Report on malaria in the Punjab during the year ...  together with an account of the work of the Punjab Malaria Bureau - Volume 5
Disease focus: Malaria
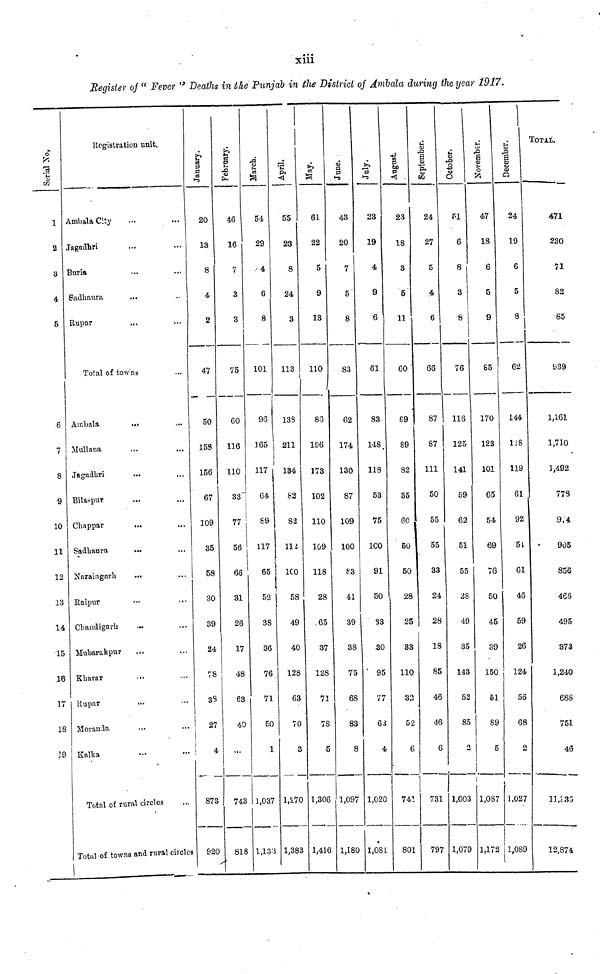
xiii
Register of " Fever " Deaths in the Punjab in the District of Ambala during the year 1917.
1
2
3
4
5
6
7
8
9
10
11
12
13
14
15
16
17
08
19
Registration unit.
Ambala City
Jagadhri
Buria
Sadbaura
Rupar
...
...
...
Total of towns
Ambala
Mullana
Jagadbri
Bilaspur
Chappar
Sadbaura
Naraingarh
Raipur
Chaudigarh
Mubarakpur
Kharar
Rupar
Moranda
Kalka
...
...
...
...
...
...
...
...
...
...
...
...
...
Total of rural circles
...
...
...
...
...
...
...
...
...
...
...
...
...
Total of towns and rural circles
January.
20
13
8
4
2
47
50
158
156
67
109
35
58
30
39
24
78
38
27
4
873
920
February
46
16
7
3
3
75
60
116
110
33
77
56
66
31
26
17
48
63
40
743
818
March.
54
29
4
6
8
101
96
165
117
64
89
117
65
52
38
36
76
71
50
1
1,037
1,133
April,
i
55
23
8
24
3
113
138
211
134
82
82
112
100
58
49
40
128
63
70
3
1,270
1,383
61
22
5
9
13
110
So
196
173
102
110
109
118
28
65
37
128
71
78
5
1,306
1,416
43
20
7
5
8
83
62
174
130
87
109
100
83
41
39
38
75
68
83
8
1,097
1,180
23
19
4
9
6
61
83
148
118
53
75
100
91
50
33
30
95
77
63
4
1,020
1,081
August.
23
18
3
5
11
60
69
89
82
55
6C
50
50
28
25
33
110
32
52
6
741
801
24
27
5
4
6
66
87
87
111
50
55
55
33
24
28
18
85
46
46
6
731
797
PI
6
8
3
76
116
125
141
59
62
51
55
28
49
35
143
52
85
1,003
1,079
47
18
6
5
9
85
170
123
101
65
54
69
76
50
45
39
150
51
89
5
1,087
1,172
a
24
19
6
5
8
62
144
118
119
61
92
51
61
46
59
26
124
56
68
2
1,027
1,089
TOTAL.
471
230
71
82
65
939
1,161
1,710
1,492
778
9.4
905
8S6
466
495
373
1,240
ess
751
46
11,935
12,874